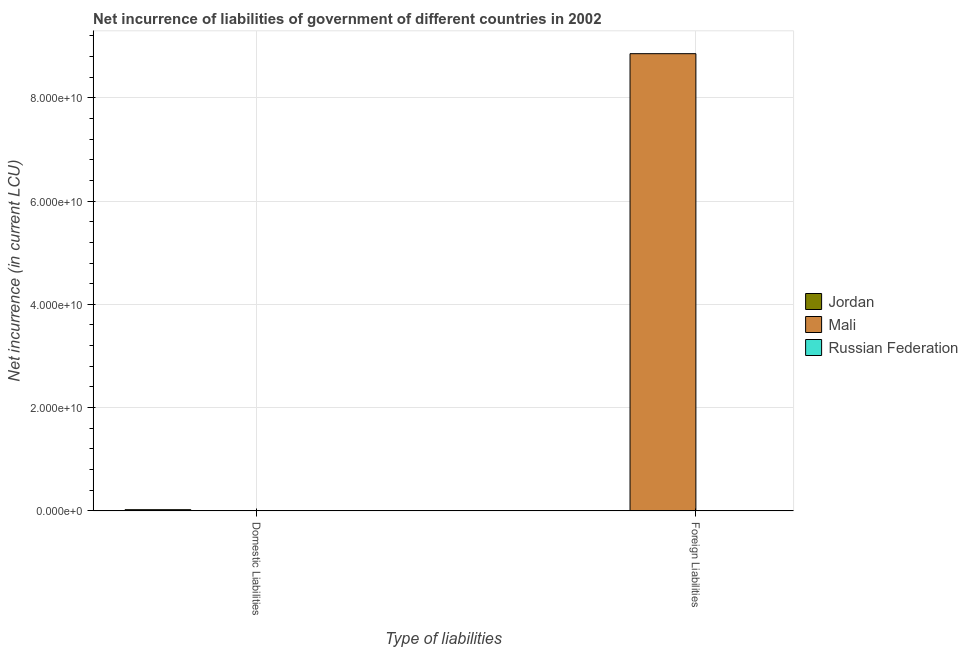
| Type of liabilities | Jordan | Mali | Russian Federation |
 | --- | --- | --- | --- |
 | Domestic Liabilities | 2.31e+08 | -2.51e+10 | -4.48e+11 |
 | Foreign Liabilities | -2.8e+07 | 8.85e+10 | -2.1e+11 |